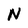
Character: N